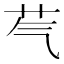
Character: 芞